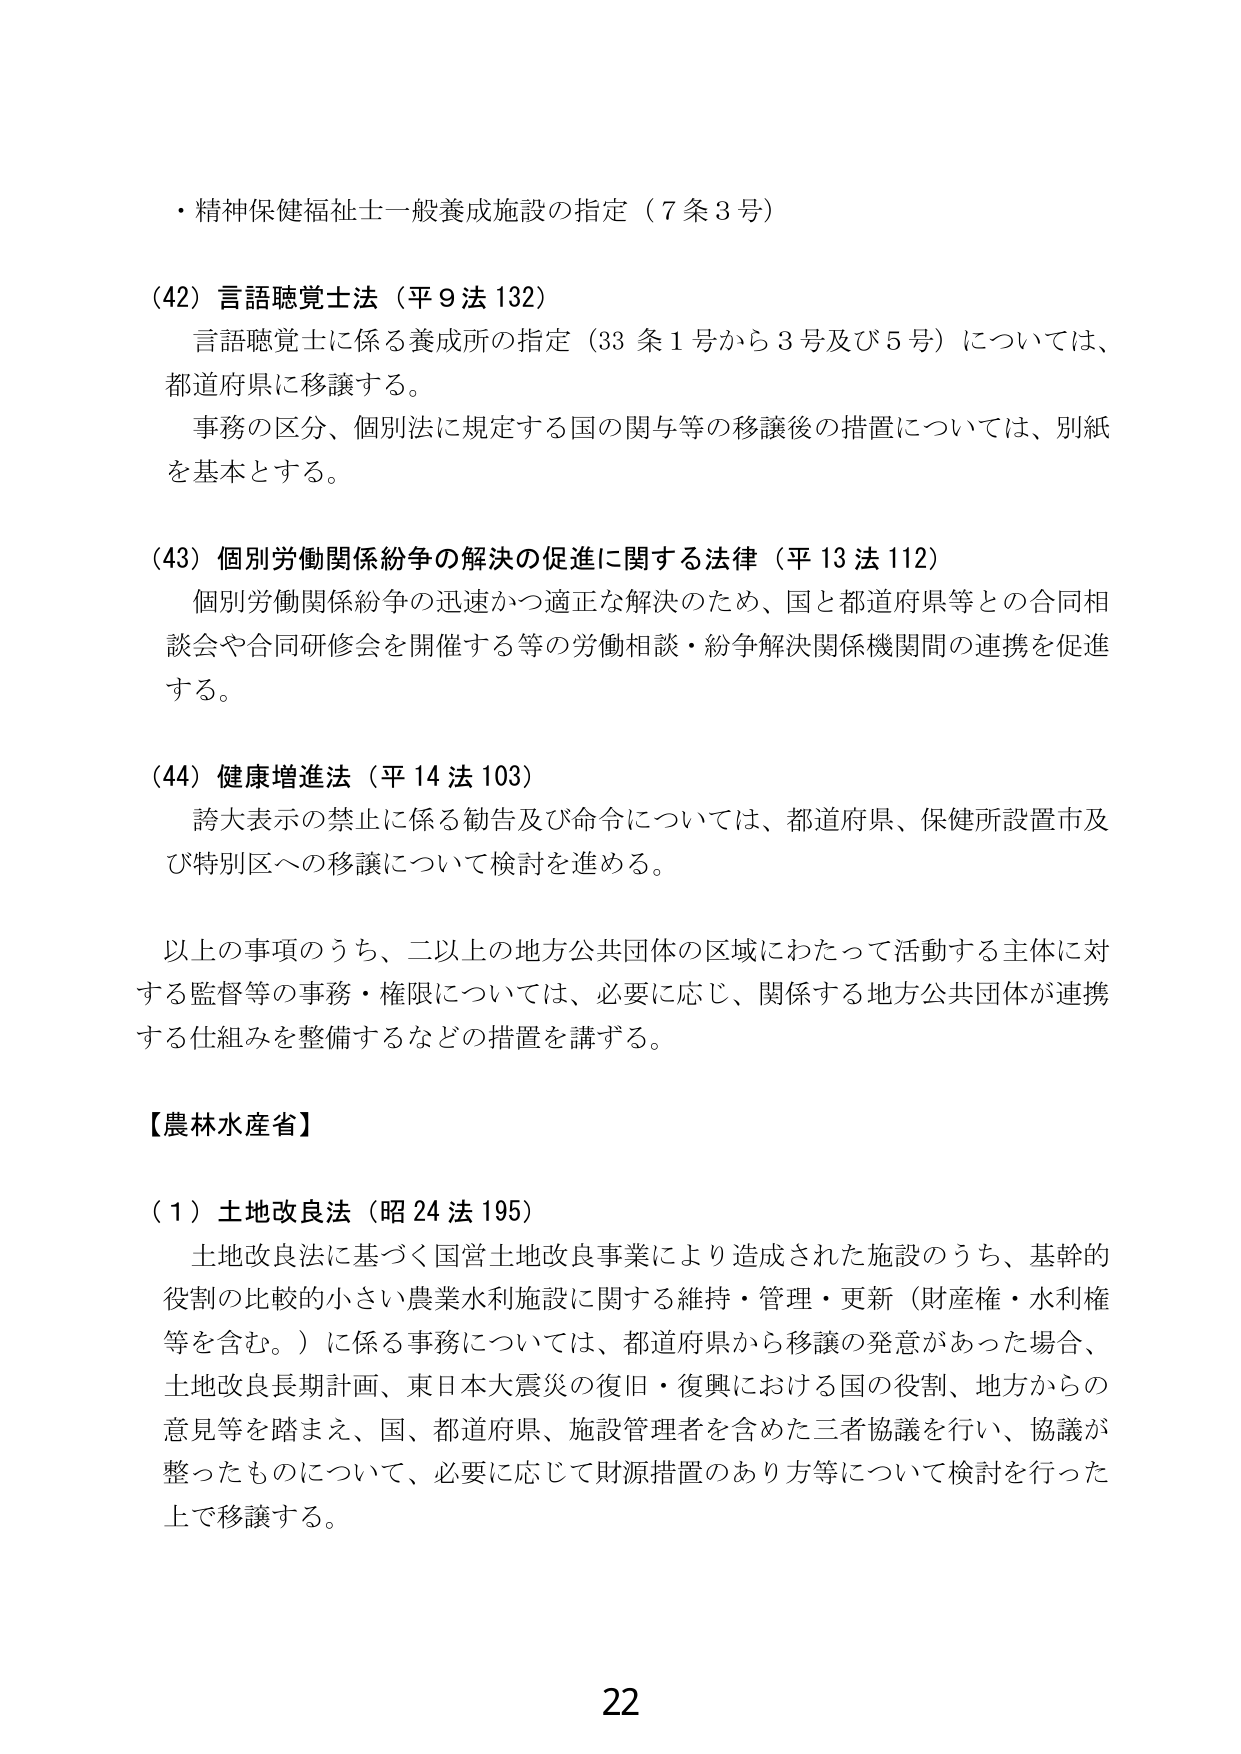
・精神保健福祉士一般養成施設の指定（7条3号）

（42）言語聴覚士法（平9法132）
　言語聴覚士に係る養成所の指定（33条1号から3号及び5号）については、
　都道府県に移譲する。
　事務の区分、個別法に規定する国の関与等の移譲後の措置については、別紙
　を基本とする。

（43）個別労働関係紛争の解決の促進に関する法律（平13法112）
　個別労働関係紛争の迅速かつ適正な解決のため、国と都道府県等との合同相
　談会や合同研修会を開催する等の労働相談・紛争解決関係機関間の連携を促進
　する。

（44）健康増進法（平14法103）
　誇大表示の禁止に係る勧告及び命令については、都道府県、保健所設置市及
　び特別区への移譲について検討を進める。

　以上の事項のうち、二以上の地方公共団体の区域にわたって活動する主体に対
　する監督等の事務・権限については、必要に応じ、関係する地方公共団体が連携
　する仕組みを整備するなどの措置を講ずる。

【農林水産省】

（1）土地改良法（昭24法195）
　土地改良法に基づく国営土地改良事業により造成された施設のうち、基幹的
　役割の比較的小さい農業水利施設に関する維持・管理・更新（財産権・水利権
　等を含む。）に係る事務については、都道府県から移譲の発意があった場合、
　土地改良長期計画、東日本大震災の復旧・復興における国の役割、地方からの
　意見等を踏まえ、国、都道府県、施設管理者を含めた三者協議を行い、協議が
　整ったものについて、必要に応じて財源措置のあり方等について検討を行った
　上で移譲する。

22